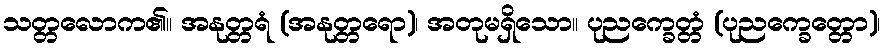
သတ္တလောက၏။ အနုတ္တရံ (အနုတ္တရော)၊ အတုမရှိသော။ ပုညက္ခေတ္တံ (ပုညက္ခေတ္တော)၊